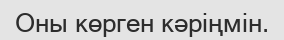
Оны көрген кәріңмін.